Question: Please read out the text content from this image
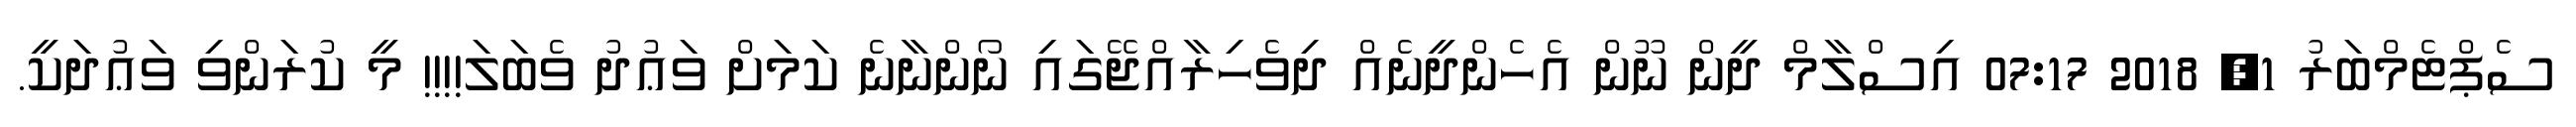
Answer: ސެޕްޓެމްބަރު 1, 2018 07:17 އިސްލާމް ދީން ނޫން އެހެންދީނެއް ދިވެހިރާއްޖޭގައި ނޯންނާނެ ކަމަށް ވަޢުދު ވެބަލަ!!!! މީ ކުރަންވި ވަޢުދަކީ.